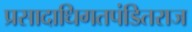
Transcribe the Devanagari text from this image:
प्रसादाधिगतपंडितराज